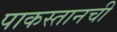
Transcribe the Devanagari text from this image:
पाकस्तानची